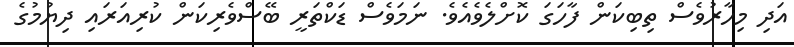
އަދި މިހާރުވެސް ތިބިކަން ފާހަގަ ކޮށްލެވެއެވެ. ނަމަވެސް ޑަކްތަރީ ބޭސްވެރިކަން ކުރިއަރައި ދިޔުމުގެ